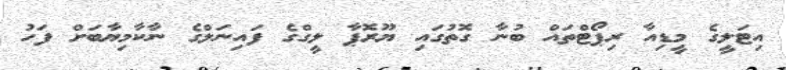
އިޓަލީގެ މީޑިއާ ރިޕޯޓްތައް ބުނާ ގޮތުގައި ޔޫރޮޕާ ލީގްގެ ފައިނަލްގެ ނާކާމިޔާބަށް ފަހު